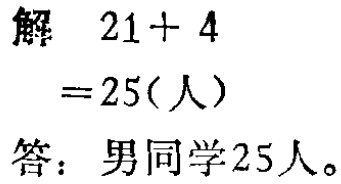
解 \(21 + 4\)

\(= 25(\text{人})\)

答：男同学25人。